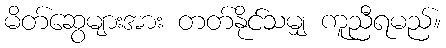
မိတ်ဆွေများအား တတ်နိုင်သမျှ ကူညီရမည်။